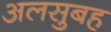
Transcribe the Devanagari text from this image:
अलसुबह